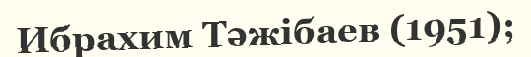
Ибрахим Тәжібаев (1951);